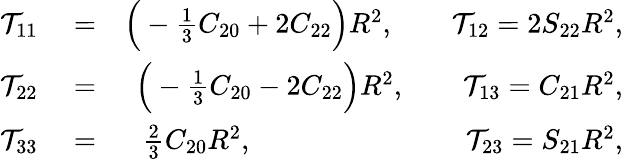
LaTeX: \begin{array}{rlr}{{\cal T}_{11}}&{{}=}&{\Big(-{\textstyle\frac{1}{3}}C_{20}+2C_{22}\Big)R^{2},\qquad{\cal T}_{12}=2S_{22}R^{2},}\\ {{\cal T}_{22}}&{{}=}&{\Big(-{\textstyle\frac{1}{3}}C_{20}-2C_{22}\Big)R^{2},\qquad{\cal T}_{13}=C_{21}R^{2},}\\ {{\cal T}_{33}}&{{}=}&{{\textstyle\frac{2}{3}}C_{20}R^{2},\qquad\qquad\qquad\quad~~{\cal T}_{23}=S_{21}R^{2},}\end{array}